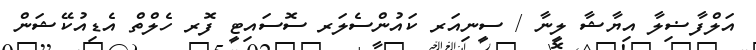
އަލްފާޟިލާ އިޔާޝާ ލީނާ / ސީނިއަރ ކައުންސެލަރ ސޮސައިޓީ ފޮރ ހެލްތް އެޑިއުކޭޝަން